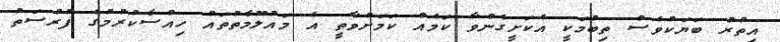
އިތުުރު ބަޔަކުވެސް ތިބުމަކީ އެކަށީގެންވާ ކަމެއް ކަމަށްވާތީ އެ މައުލޫމާތުތައް ހިއްސާކުރުމުގެ ފުުރުސަތު